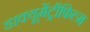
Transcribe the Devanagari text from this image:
डाक्यूमेंट्रीफिल्म